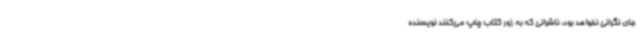
جای نگرانی نخواهد بود. ناشرانی که به زور کتاب چاپ می‌کنند نویسنده